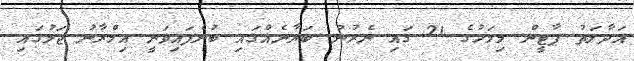
އަދާލަތު ޕާޓީން މިމަހުގެ 21 ގައި ނެރުނު ބަޔާނެއްގައި ބުނެފައިވަނީ އިމްރާނު ޖަލުގައި